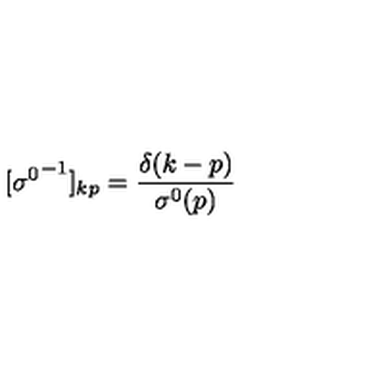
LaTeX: \nonumber [ { \sigma ^ { 0 } } ^ { - 1 } ] _ { k p } = { \frac { \delta ( k - p ) } { \sigma ^ { 0 } ( p ) } }